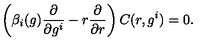
\left( \beta _ { i } ( g ) \frac { \partial } { \partial g ^ { i } } - r \frac { \partial } { \partial r } \right) C ( r , g ^ { i } ) = 0 .